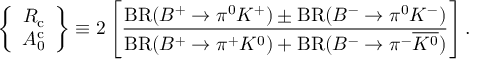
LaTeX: \left\{ \begin{array} { c } { { R _ { \mathrm { c } } } } \\ { { A _ { 0 } ^ { \mathrm { c } } } } \end{array} \right\} \equiv 2 \left[ \frac { \mathrm { B R } ( B ^ { + } \to \pi ^ { 0 } K ^ { + } ) \pm \mathrm { B R } ( B ^ { - } \to \pi ^ { 0 } K ^ { - } ) } { \mathrm { B R } ( B ^ { + } \to \pi ^ { + } K ^ { 0 } ) + \mathrm { B R } ( B ^ { - } \to \pi ^ { - } \overline { { { K ^ { 0 } } } } ) } \right] .